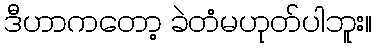
ဒီဟာကတော့ ခဲတံမဟုတ်ပါဘူး။